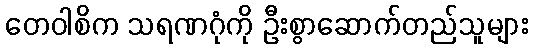
တေဝါစိက သရဏဂုံကို ဦးစွာဆောက်တည်သူများ